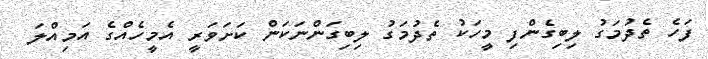
ފަހެ ތެދުމަގު ލިބިގެންފި މީހަކު ތެދުމަގު ލިބިގަންނަކަން ކަށަވަރީ އެމީހެއްގެ އަމިއްލަ